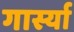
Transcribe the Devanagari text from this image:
गार्स्या